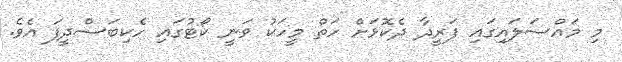
މި މައްސަލައިގައި ފަރީދާ ދެކޮޅަށް ހަތް މީހަކު ވަނީ ކޯޓުގައި ހެކިބަސްދީފަ އެވެ.